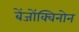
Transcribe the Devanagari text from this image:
बेंजोंक्विनोन